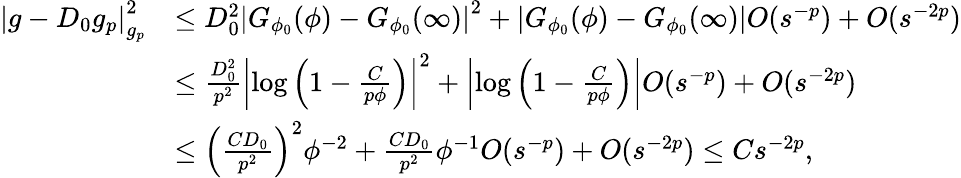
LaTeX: \begin{array}{rl}{\left|g-D_{0}g_{p}\right|_{g_{p}}^{2}}&{\leq D_{0}^{2}\left|G_{\phi_{0}}(\phi)-G_{\phi_{0}}(\infty)\right|^{2}+\left|G_{\phi_{0}}(\phi)-G_{\phi_{0}}(\infty)\right|O(s^{-p})+O(s^{-2p})}\\ &{\leq\frac{D_{0}^{2}}{p^{2}}\left|\log\left(1-\frac{C}{p\phi}\right)\right|^{2}+\left|\log\left(1-\frac{C}{p\phi}\right)\right|O(s^{-p})+O(s^{-2p})}\\ &{\leq\left(\frac{CD_{0}}{p^{2}}\right)^{2}\phi^{-2}+\frac{CD_{0}}{p^{2}}\phi^{-1}O(s^{-p})+O(s^{-2p})\leq Cs^{-2p},}\end{array}